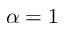
\alpha = 1